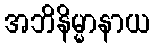
အဘိနိမ္မာနာယ